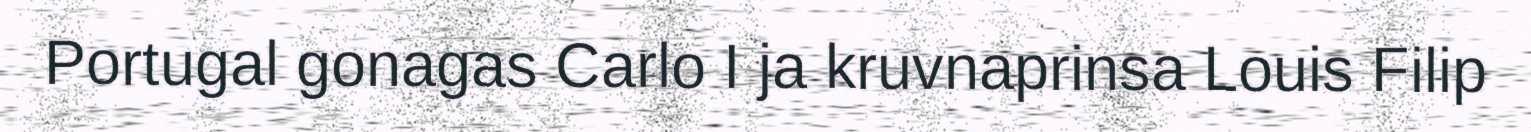
Portugal gonagas Carlo I ja kruvnaprinsa Louis Filip